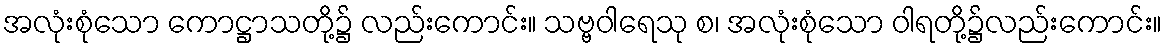
အလုံးစုံသော ကောဋ္ဌာသတို့၌ လည်းကောင်း။ သဗ္ဗဝါရေသု စ၊ အလုံးစုံသော ဝါရတို့၌လည်းကောင်း။